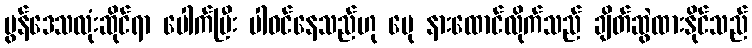
မွန်ဒေသလုံးဆိုင်ရာ ပေါက်ပြီး ပါဝင်နေသည်ဟု ပေု နားထောင်လိုက်သည် ချိတ်ဆွဲထားနိုင်သည်